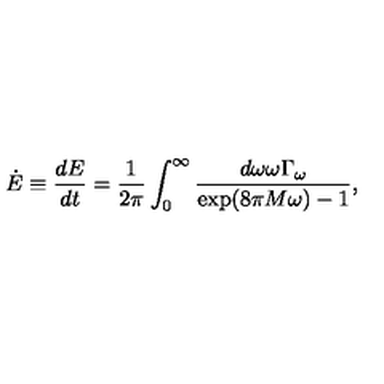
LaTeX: \dot { E } \equiv { \frac { d E } { d t } } = { \frac { 1 } { 2 \pi } } \int _ { 0 } ^ { \infty } { \frac { d \omega \omega \Gamma _ { \omega } } { \exp ( 8 \pi M \omega ) - 1 } } ,